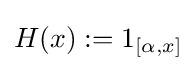
H(x):=1_{[\alpha ,x]}